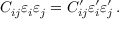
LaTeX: C _ { i j } \varepsilon _ { i } \varepsilon _ { j } = C _ { i j } ^ { \prime } \varepsilon _ { i } ^ { \prime } \varepsilon _ { j } ^ { \prime } \, .